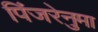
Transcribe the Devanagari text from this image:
पिंजरेनुमा